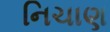
નિચાણ